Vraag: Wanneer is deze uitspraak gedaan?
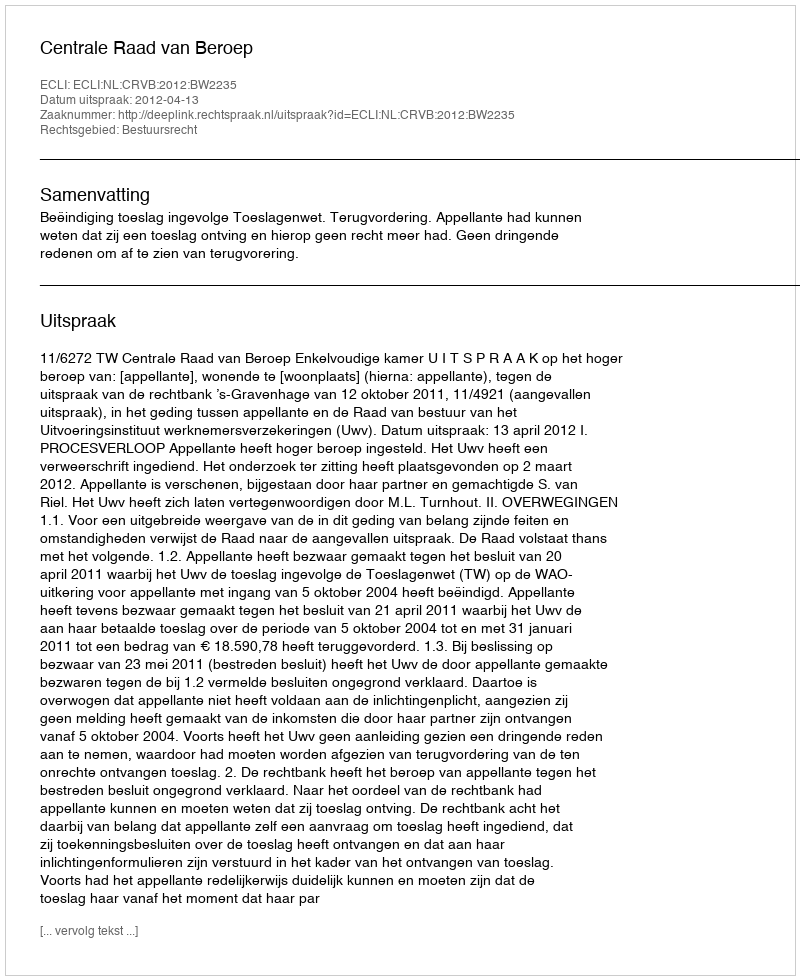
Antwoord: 2012-04-13